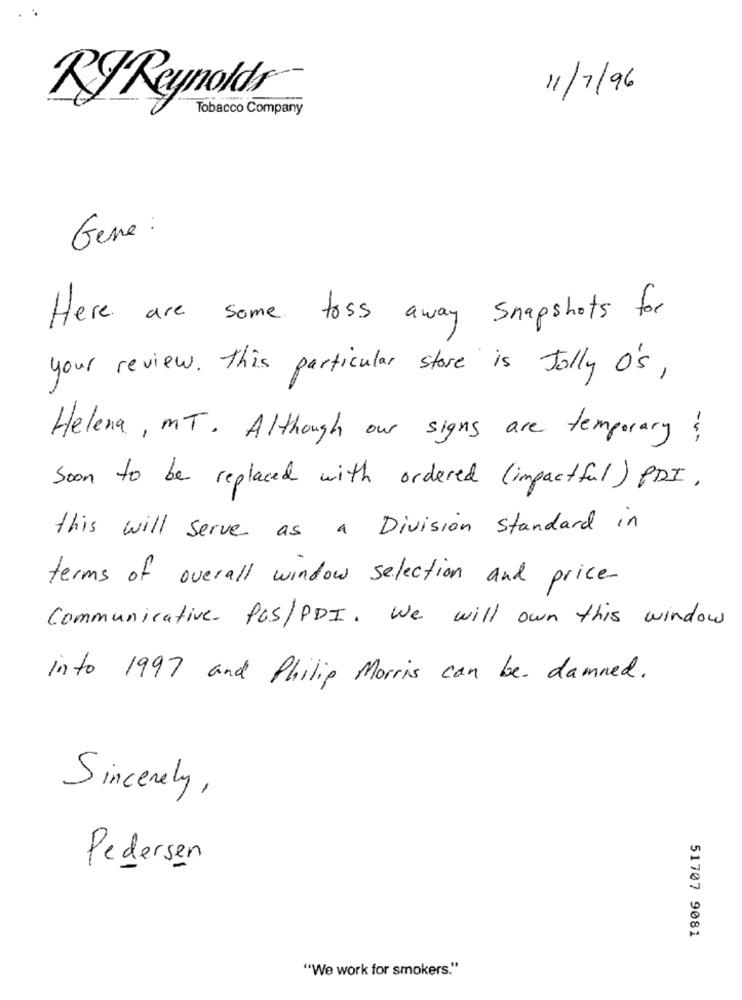
11/7/96
RJ Reynolds
Tobacco Company
Gene :
Here are some toss away snapshots for
your review . This particular store is Jolly O's ,
Helena, MT. Although our signs are temporary?
Soon to be replaced with ordered ( impactful ) PDI .
this will serve as a Division standard in
terms of overall window selection and price-
Communicative PAS/PDI. We will own this window
into 1997 and Philip Morris can be damned.
Sincerely,
Pedersen
51707 9081
"We work for smokers."